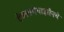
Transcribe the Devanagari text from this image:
डेक्सामेथाझोनचे